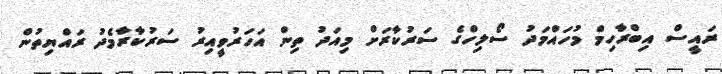
ރައީސް އިބްރާހިމް މުހައްމަދު ސޯލިހްގެ ސަރުކާރަށް މިއަދު ތިން އަހަރުވީއިރު ސަރުކާރާމެދު ރައްޔިތުން